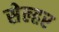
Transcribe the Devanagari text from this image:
सेल्हर